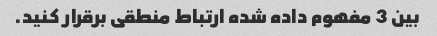
بین 3 مفهوم داده شده ارتباط منطقی برقرار کنید.